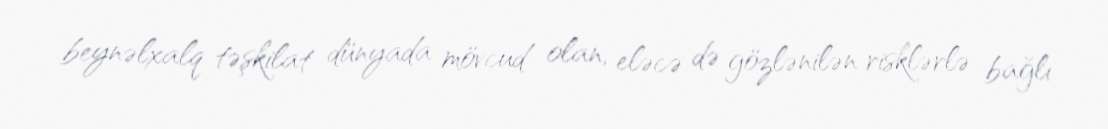
beynəlxalq təşkilat dünyada mövcud olan, eləcə də gözlənilən risklərlə bağlı